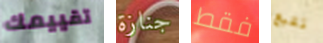
تقييمك جنازة فقط نتبع